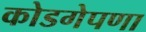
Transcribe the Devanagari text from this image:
कोडगेपणा